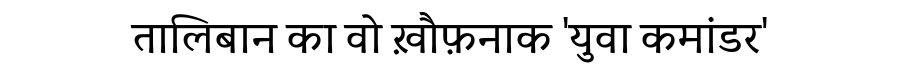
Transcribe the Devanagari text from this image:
तालिबान का वो ख़ौफ़नाक 'युवा कमांडर'